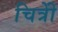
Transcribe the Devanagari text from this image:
चित्रोें